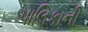
પાલિકાની